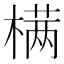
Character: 𣗊